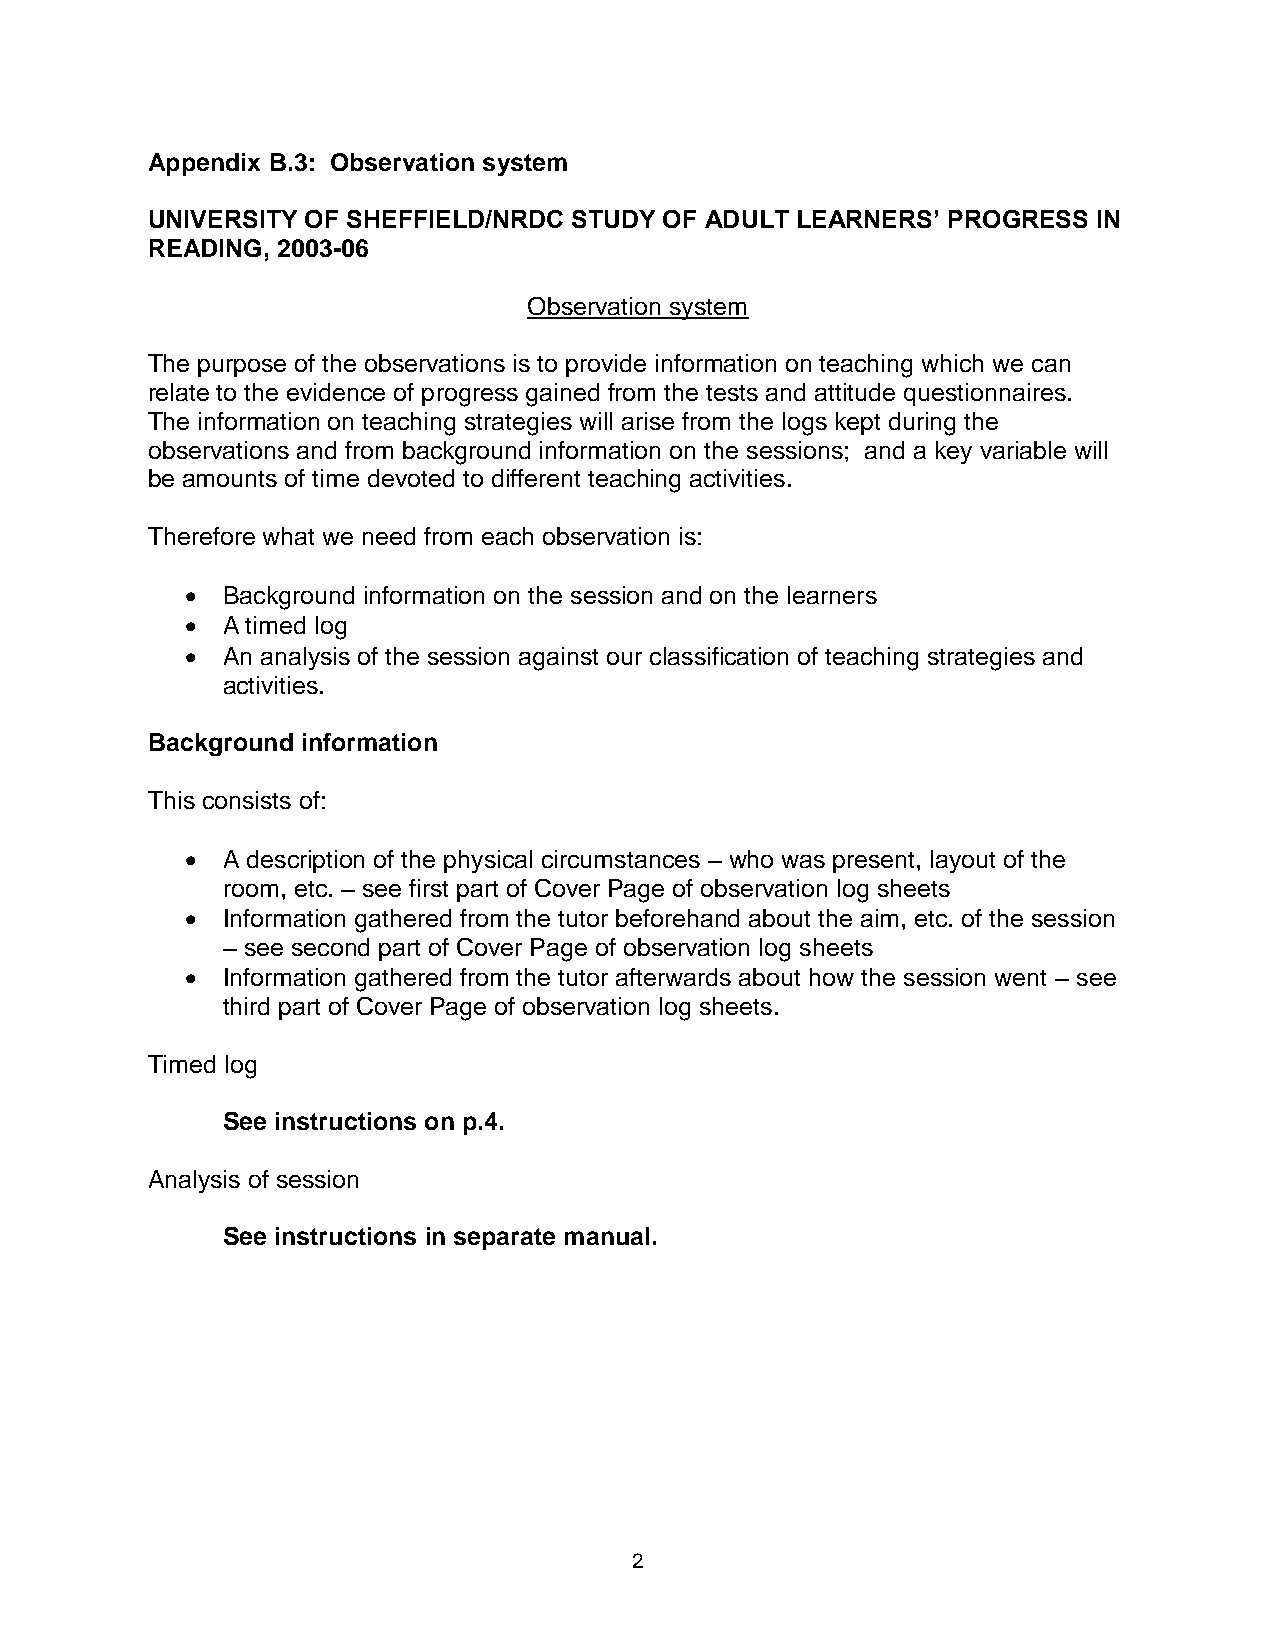
Appendix B.3: Observation system
 UNIVERSITY OF SHEFFIELD/NRDC STUDY OF ADULT LEARNERS’ PROGRESS IN
 READING, 2003-06
 Observation system
 The purpose of the observations is to provide information on teaching which we can
 relate to the evidence of progress gained from the tests and attitude questionnaires.
 The information on teaching strategies will arise from the logs kept during the
 observations and from background information on the sessions; and a key variable will
 be amounts of time devoted to different teaching activities.
 Therefore what we need from each observation is:
   Background information on the session and on the learners
   A timed log
   An analysis of the session against our classification of teaching strategies and
 activities.
 Background information
 This consists of:
   A description of the physical circumstances – who was present, layout of the
 room, etc. – see first part of Cover Page of observation log sheets
   Information gathered from the tutor beforehand about the aim, etc. of the session
 – see second part of Cover Page of observation log sheets
   Information gathered from the tutor afterwards about how the session went – see
 third part of Cover Page of observation log sheets.
 Timed log
 See instructions on p.4.
 Analysis of session
 See instructions in separate manual.
 2